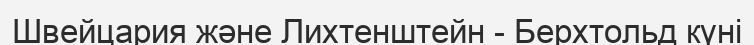
Швейцария және Лихтенштейн - Берхтольд күні